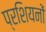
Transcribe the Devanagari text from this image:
प्रशियनों